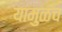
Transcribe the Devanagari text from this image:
यामुळंच